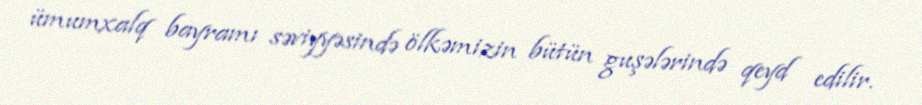
ümumxalq bayramı səviyyəsində ölkəmizin bütün guşələrində qeyd edilir.